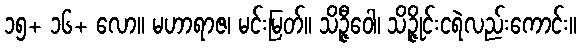
၁၅+ ၁၆+ လော။ မဟာရာဇ၊ မင်းမြတ်။ သိဉ္ဇီဝေါ၊ သိဉ္ဇိုင်းငရဲလည်းကောင်း။